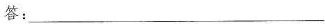
答： ___